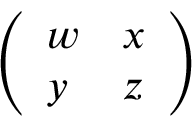
\left( \begin{array} { l l } { { w } } & { { x } } \\ { { y } } & { { z } } \end{array} \right)